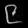
Digit: ၉